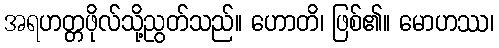
အရဟတ္တဖိုလ်သို့ညွတ်သည်။ ဟောတိ၊ ဖြစ်၏။ မောဟဿ၊